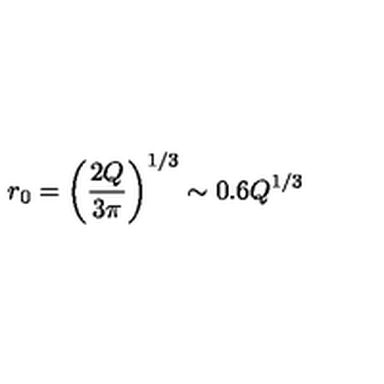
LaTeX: r _ { 0 } = \left( \frac { 2 Q } { 3 \pi } \right) ^ { 1 / 3 } \sim 0 . 6 Q ^ { 1 / 3 }